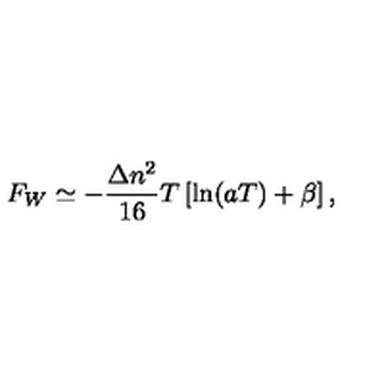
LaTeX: F _ { W } \simeq - \frac { \Delta n ^ { 2 } } { 1 6 } T \left[ \ln ( a T ) + \beta \right] { , }